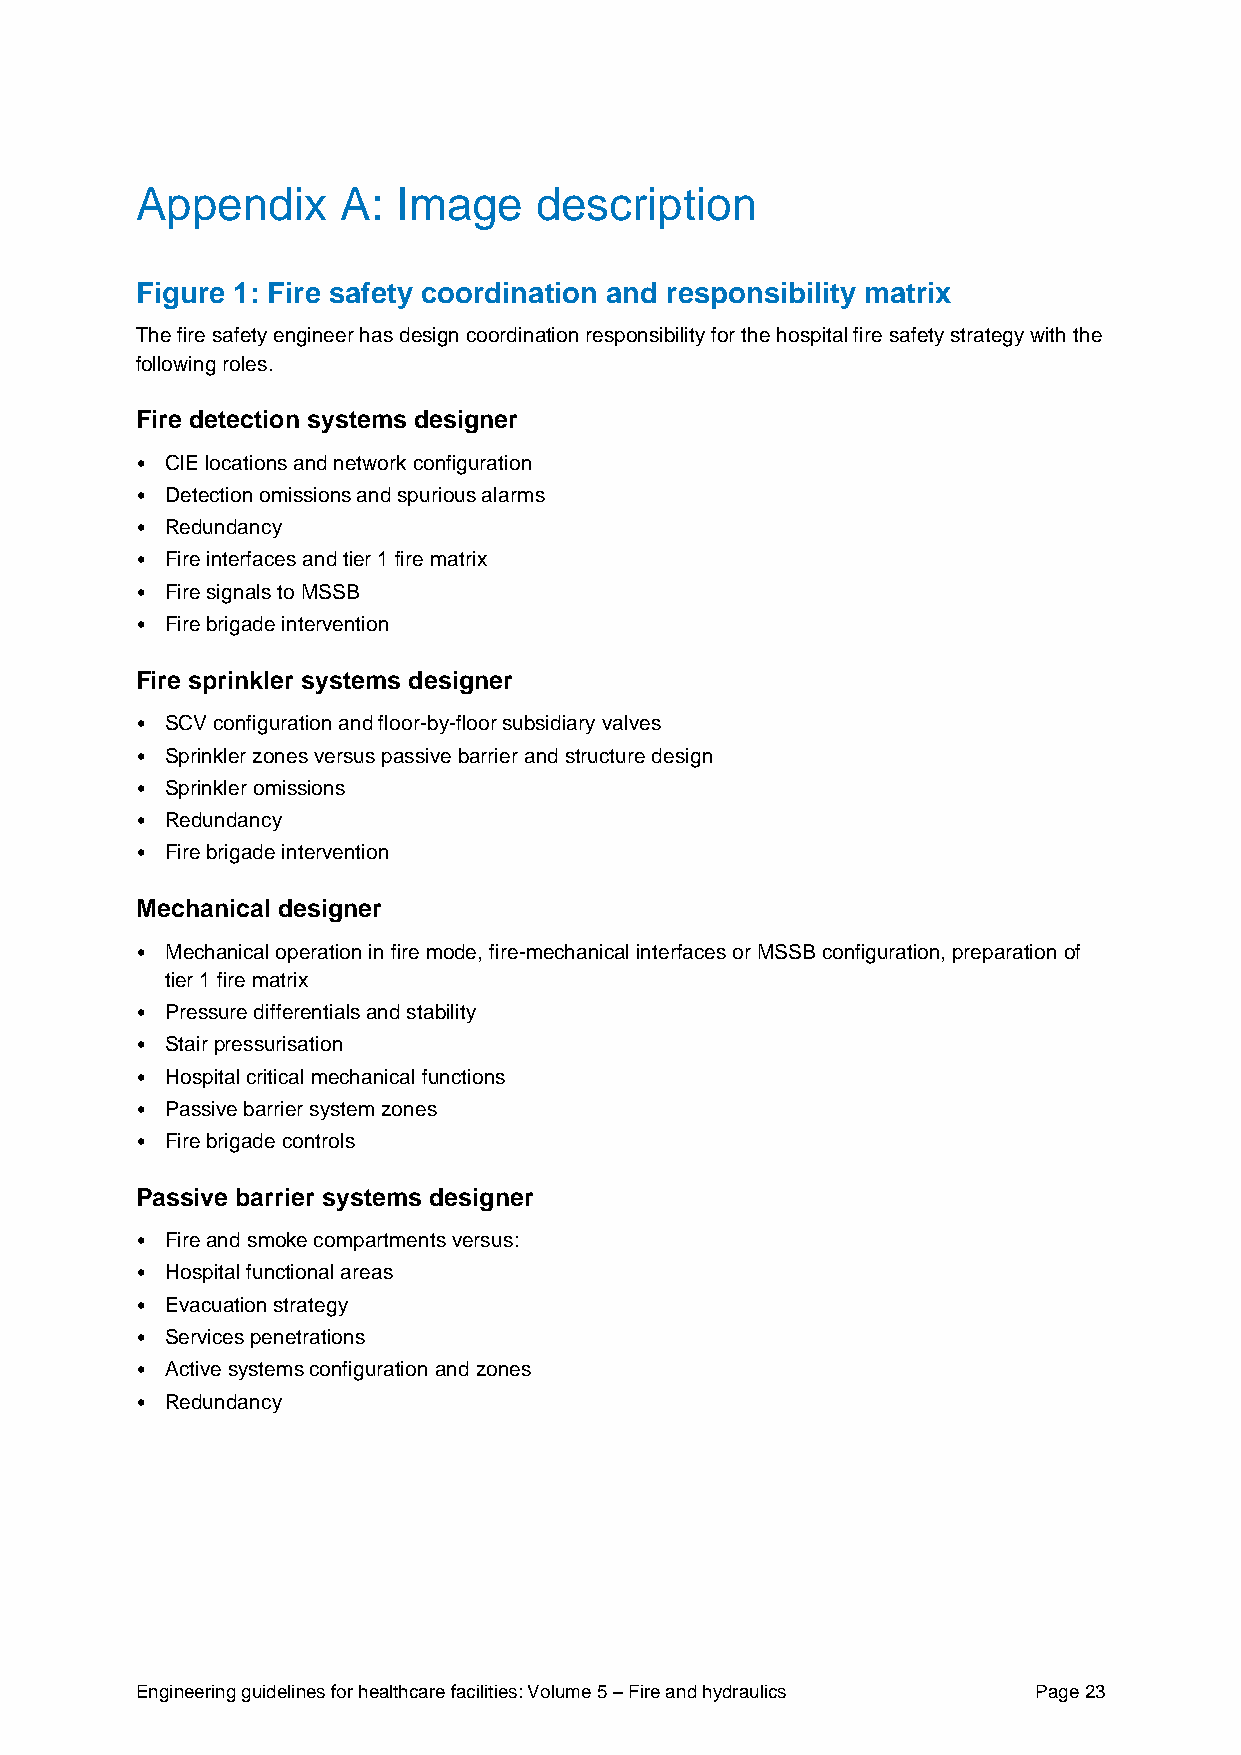
Appendix     A:  Image    description
 Figure 1: Fire safety coordination and responsibility matrix
 The fire safety engineer has design coordination responsibility for the hospital fire safety strategy with the
 following roles.
 Fire detection systems designer
 • CIE locations and network configuration
 • Detection omissions and spurious alarms
 • Redundancy
 • Fire interfaces and tier 1 fire matrix
 • Fire signals to MSSB
 • Fire brigade intervention
 Fire sprinkler systems designer
 • SCV configuration and floor-by-floor subsidiary valves
 • Sprinkler zones versus passive barrier and structure design
 • Sprinkler omissions
 • Redundancy
 • Fire brigade intervention
 Mechanical designer
 • Mechanical operation in fire mode, fire-mechanical interfaces or MSSB configuration, preparation of
 tier 1 fire matrix
 • Pressure differentials and stability
 • Stair pressurisation
 • Hospital critical mechanical functions
 • Passive barrier system zones
 • Fire brigade controls
 Passive barrier systems designer
 • Fire and smoke compartments versus:
 • Hospital functional areas
 • Evacuation strategy
 • Services penetrations
 • Active systems configuration and zones
 • Redundancy
 Engineering guidelines for healthcare facilities: Volume 5 – Fire and hydraulics Page 23